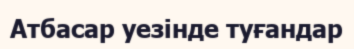
Атбасар уезінде туғандар